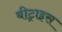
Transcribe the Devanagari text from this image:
बीट्राइस